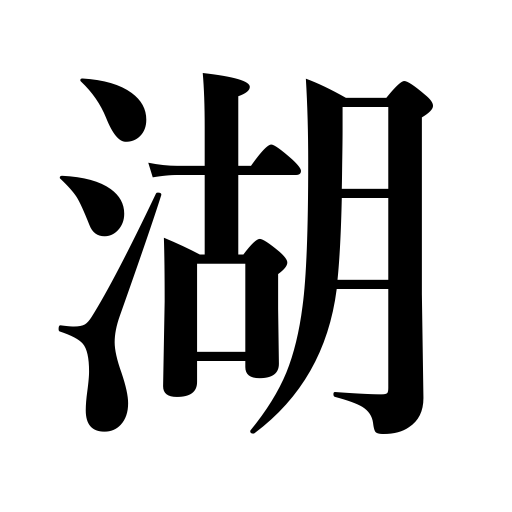
Meanings: lake